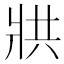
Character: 𭷄